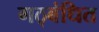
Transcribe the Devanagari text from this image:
गठ्बंधित